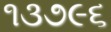
૧૩૭૯૬